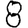
Digit: 8